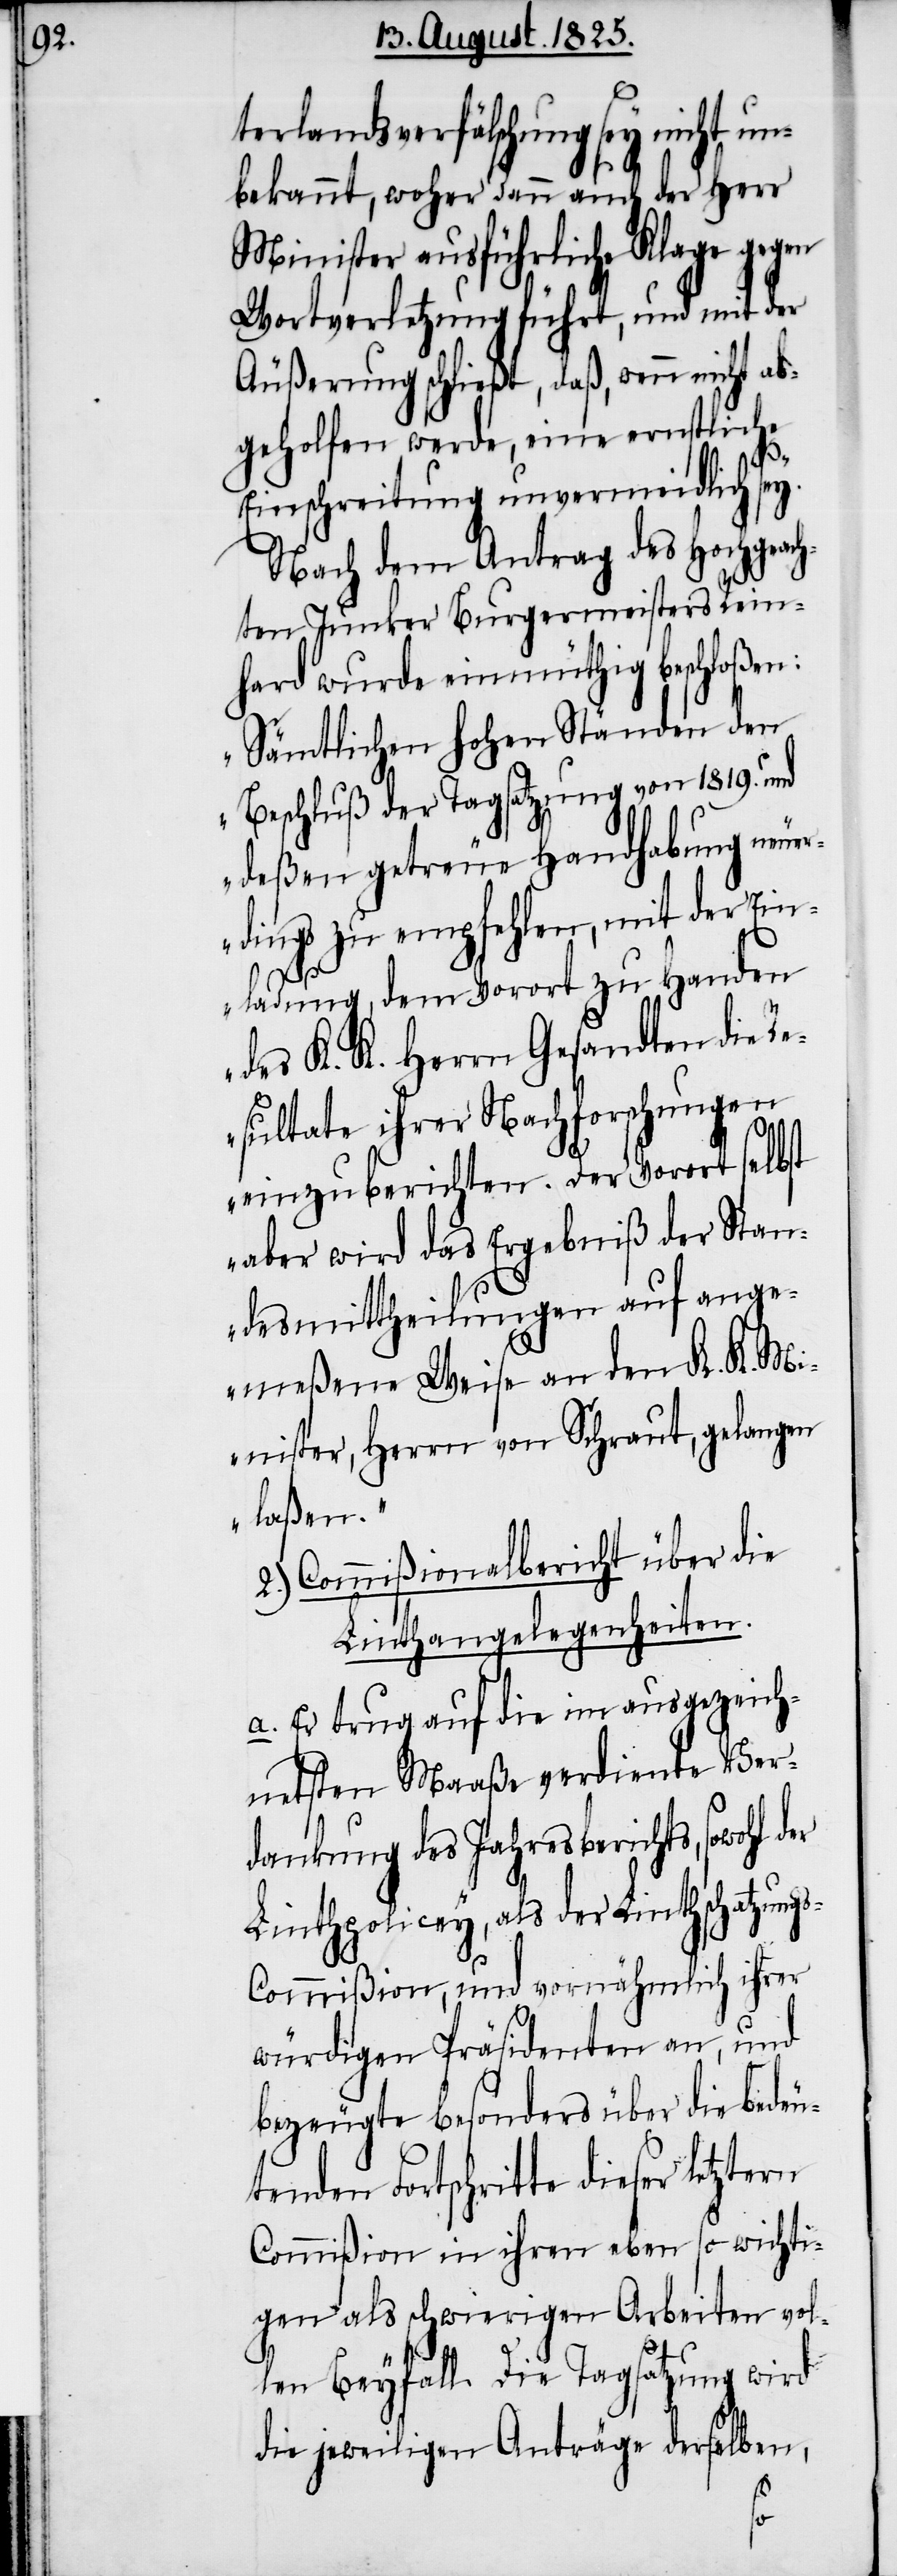
tr¬

terlandesverfälschung
bekannt, woher dann auch der Herr
Minister ausführliche Klage gegen
Wortverletzung führt und mit der
Äußerung schließt, daß, wenn nicht a¬
bgeholfen werde, eine ernstliche
Einschreitung unvermeidlich sey.
Nach dem Antrag des Hochgeach¬
ten Junker Burgermeisters Rein¬
hard wurde einmüthig beschloßen:
„Sämtlichen hohen Ständen den
Beschluß der Tagsatzung von 1819. und
deßen getreue Handhabung neue¬
rdings zu empfehlen, mit der Ein¬
ladung, dem Vorort zu Handen
des K. K. Herrn Gesandten die R¬
esultate ihrer Nachforschungen
einzuberichten. Der Vorort selbst
aber wird das Ergebniß der Stan¬
desmittheilungen auf ange¬
meßene Weise an den K. K. Mi¬
nister, Herrn von Schraut, gelangen
laßen“.
2.) Commißionalbericht über die
Linthangelegenheiten.
a. Es trug auf die im ausgezeich¬
netsten Maaße verdiente Ver¬
dankung des Jahresberichts, sowohl d¬
Linthpolicey, als der Linthschatzung¬
ommißion, und vornähmlich ihrer
würdigen Präsidenten an, und
bezeugte besonders über die bedeu¬
tenden Fortschritte dieser
Commißion in ihren eben so wichti¬
gen als schwierigen Arbeiten vol¬
len Beyfall. Die Tagsatzung wird
äge
s-C¬
die jeweiligen An¬